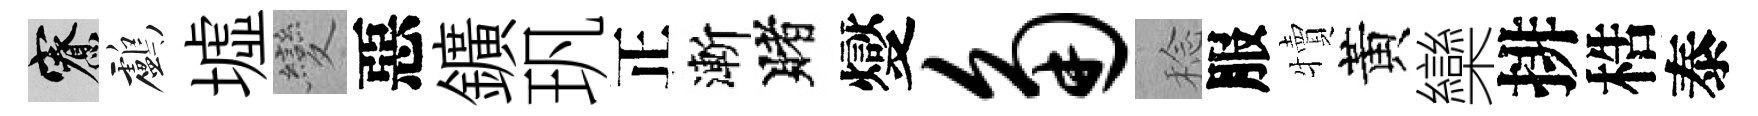
寮鸕墟變惡鑛㺬正漸賭燮角稔服犢黃欒排梏泰